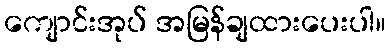
ကျောင်းအုပ် အမြန်ချထားပေးပါ။